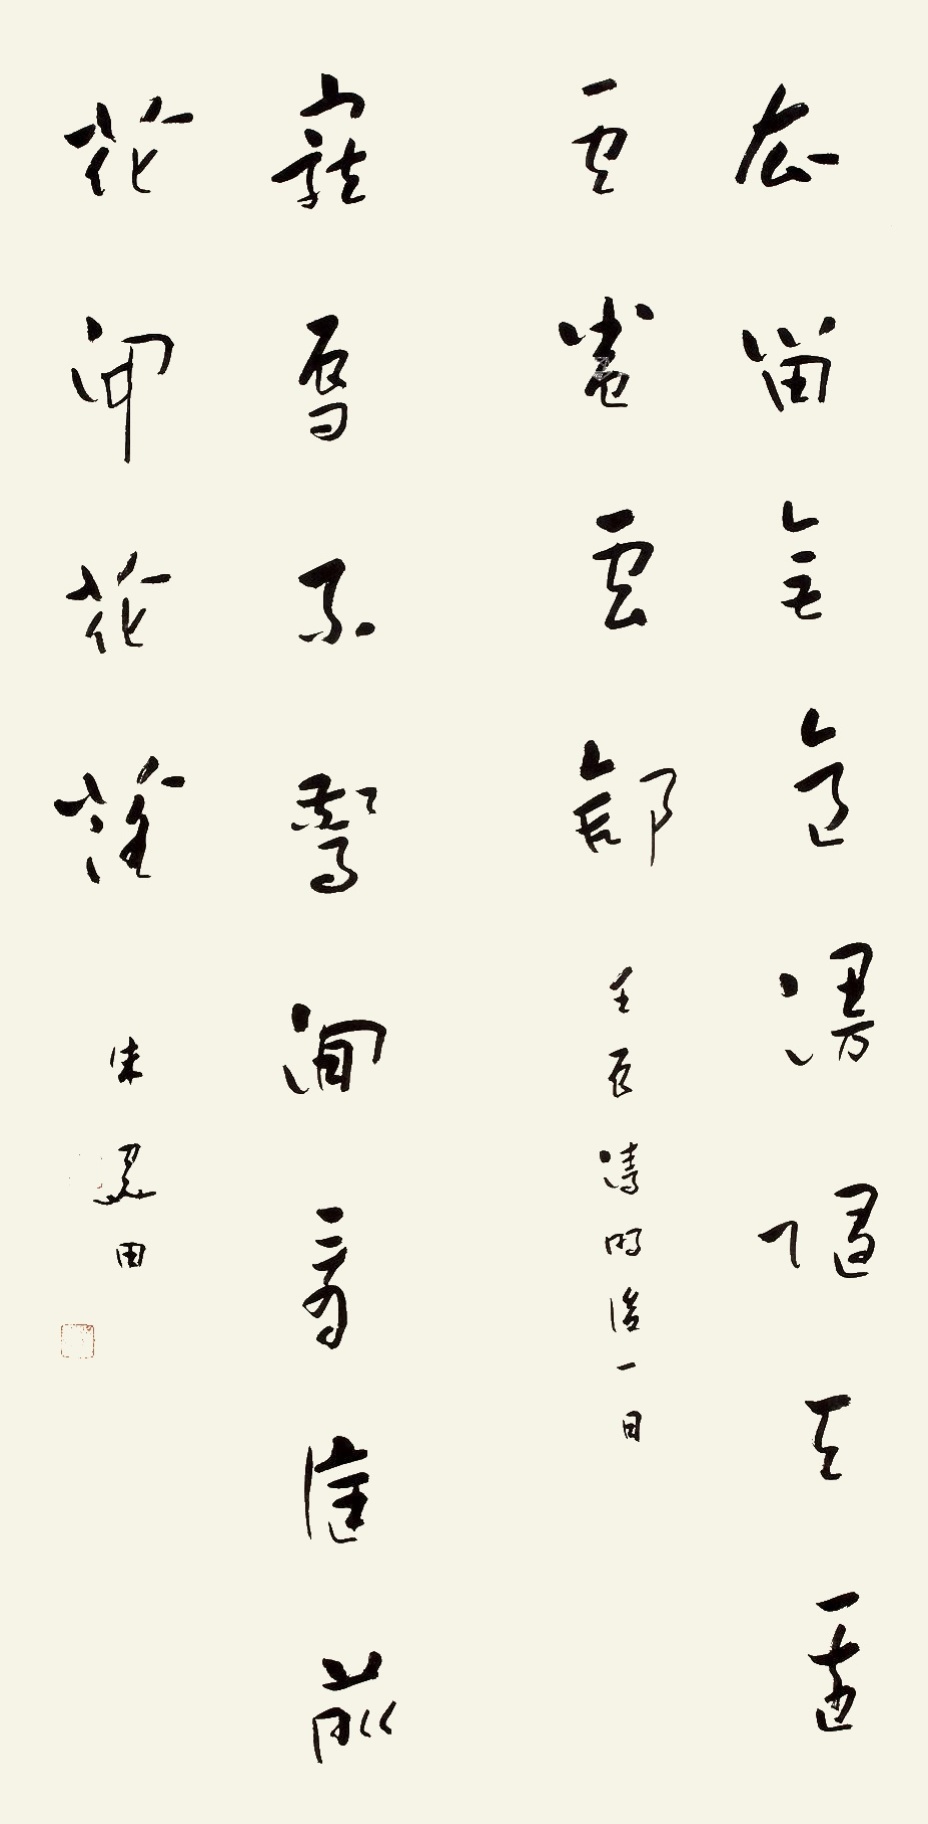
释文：宠辱不惊，闲看庭前花开花落；去留无意，漫随天空云卷云舒。壬辰清明后一日，朱关田。